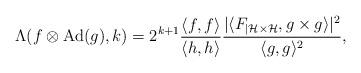
LaTeX: \begin{align*} \Lambda(f\otimes \mathrm{Ad}(g),k) = 2^{k+1} \frac{\langle f,f\rangle}{\langle h,h\rangle} \frac{|\langle F_{|\mathcal H\times\mathcal H},g\times g \rangle|^2}{\langle g,g\rangle^2},\end{align*}